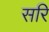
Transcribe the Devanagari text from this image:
सरि